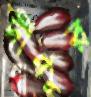
দীপুর